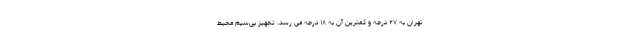
تهران به ۲۷ درجه و کمترین آن به ۱۸ درجه می رسد. تجهیز بی‌سیم محیط